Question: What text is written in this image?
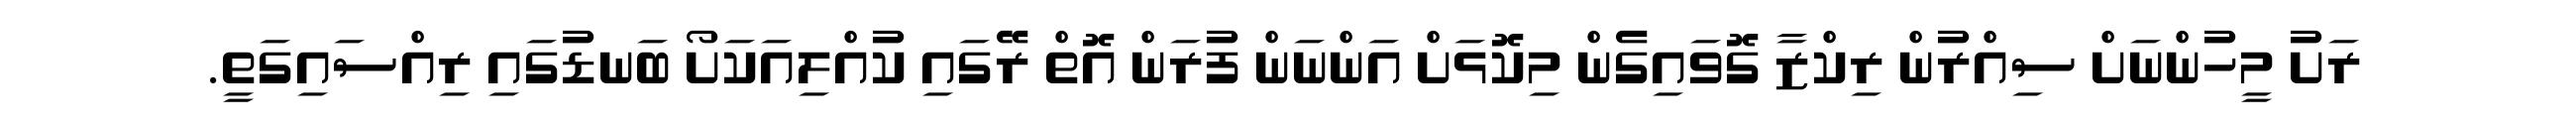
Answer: ރަށު މީހުންނަށް ސިއްރުން ރިކްޒާ ގޮވައިގެން މިކޮޅަށް އަންނަން ފުރަން އޮތް ރޭގައި ކުއްލިއަކަށޯ ބަނޑުގައި ރިއްސައިގަތީ.